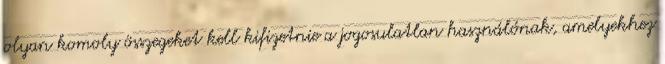
olyan komoly összegeket kell kifizetnie a jogosulatlan használónak, amelyekhez